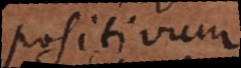
positivum.